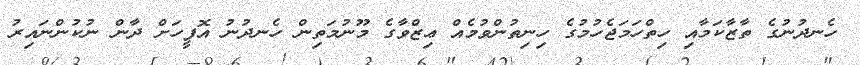
ހެނދުނުގެ ތާޒާކަމާއި ހިތްހަމަޖެހުމުގެ ހިނިތުންވުމެއް ޢިޒްވާގެ މޫނުމަތިން ހެނދުނު އޮފީހަށް ދާން ނުކުންނައިރު